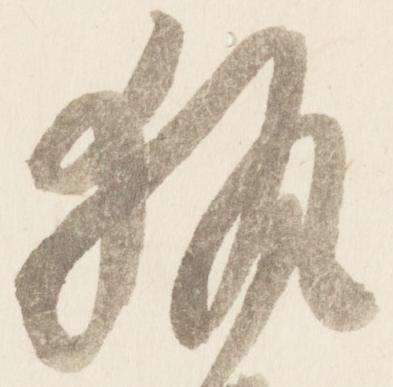
執